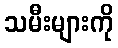
သမီးများကို